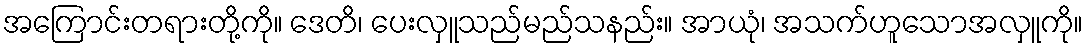
အကြောင်းတရားတို့ကို။ ဒေတိ၊ ပေးလှူသည်မည်သနည်း။ အာယုံ၊ အသက်ဟူသောအလှူကို။